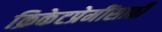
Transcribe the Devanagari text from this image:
क्रिकेटप्रेमींसाठी